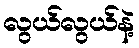
လွယ်လွယ်နဲ့